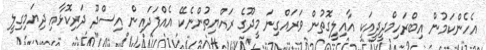
އެހެންކަމުން އިބްރަހިމްދީދީއަކީ އާއިލީގޮތުން ވަރައްގިނަ މީދޫގެ ރައްޔިތުންނެކޭ އެއްފަދައިން އިސްދޫ ދަރިކޮޅާއި ދިޔަމިގިލީ